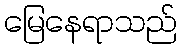
မြေနေရာသည်